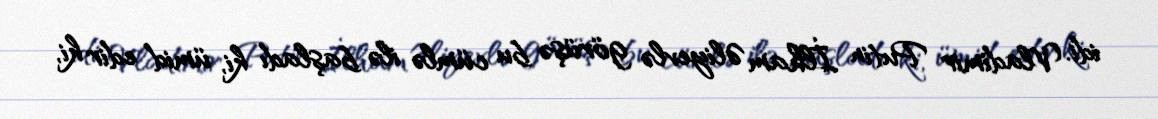
idi. Vladimir Putin İlham Əliyevlə görüşə bu cümlə ilə başladı ki, ümid edir ki,